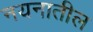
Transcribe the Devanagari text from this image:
नयनातील